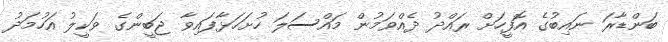
ބަންޑާރަ ނައިބުގެ އޮފީހަށް ރައްދު ދެއްވަމުން މައްސަލަ ހުށަހަޅާފައިވާ ޖަބީންގެ ވަކީލު އަހުމަދު